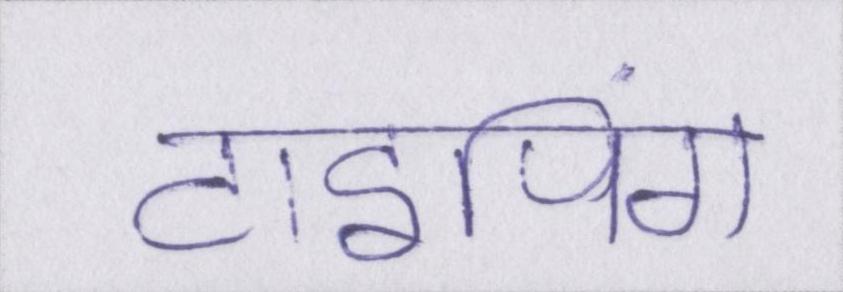
टाइपिंग